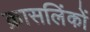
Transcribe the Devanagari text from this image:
क्रासलिंकों